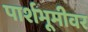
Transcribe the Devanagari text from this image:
पार्शभूमीवर